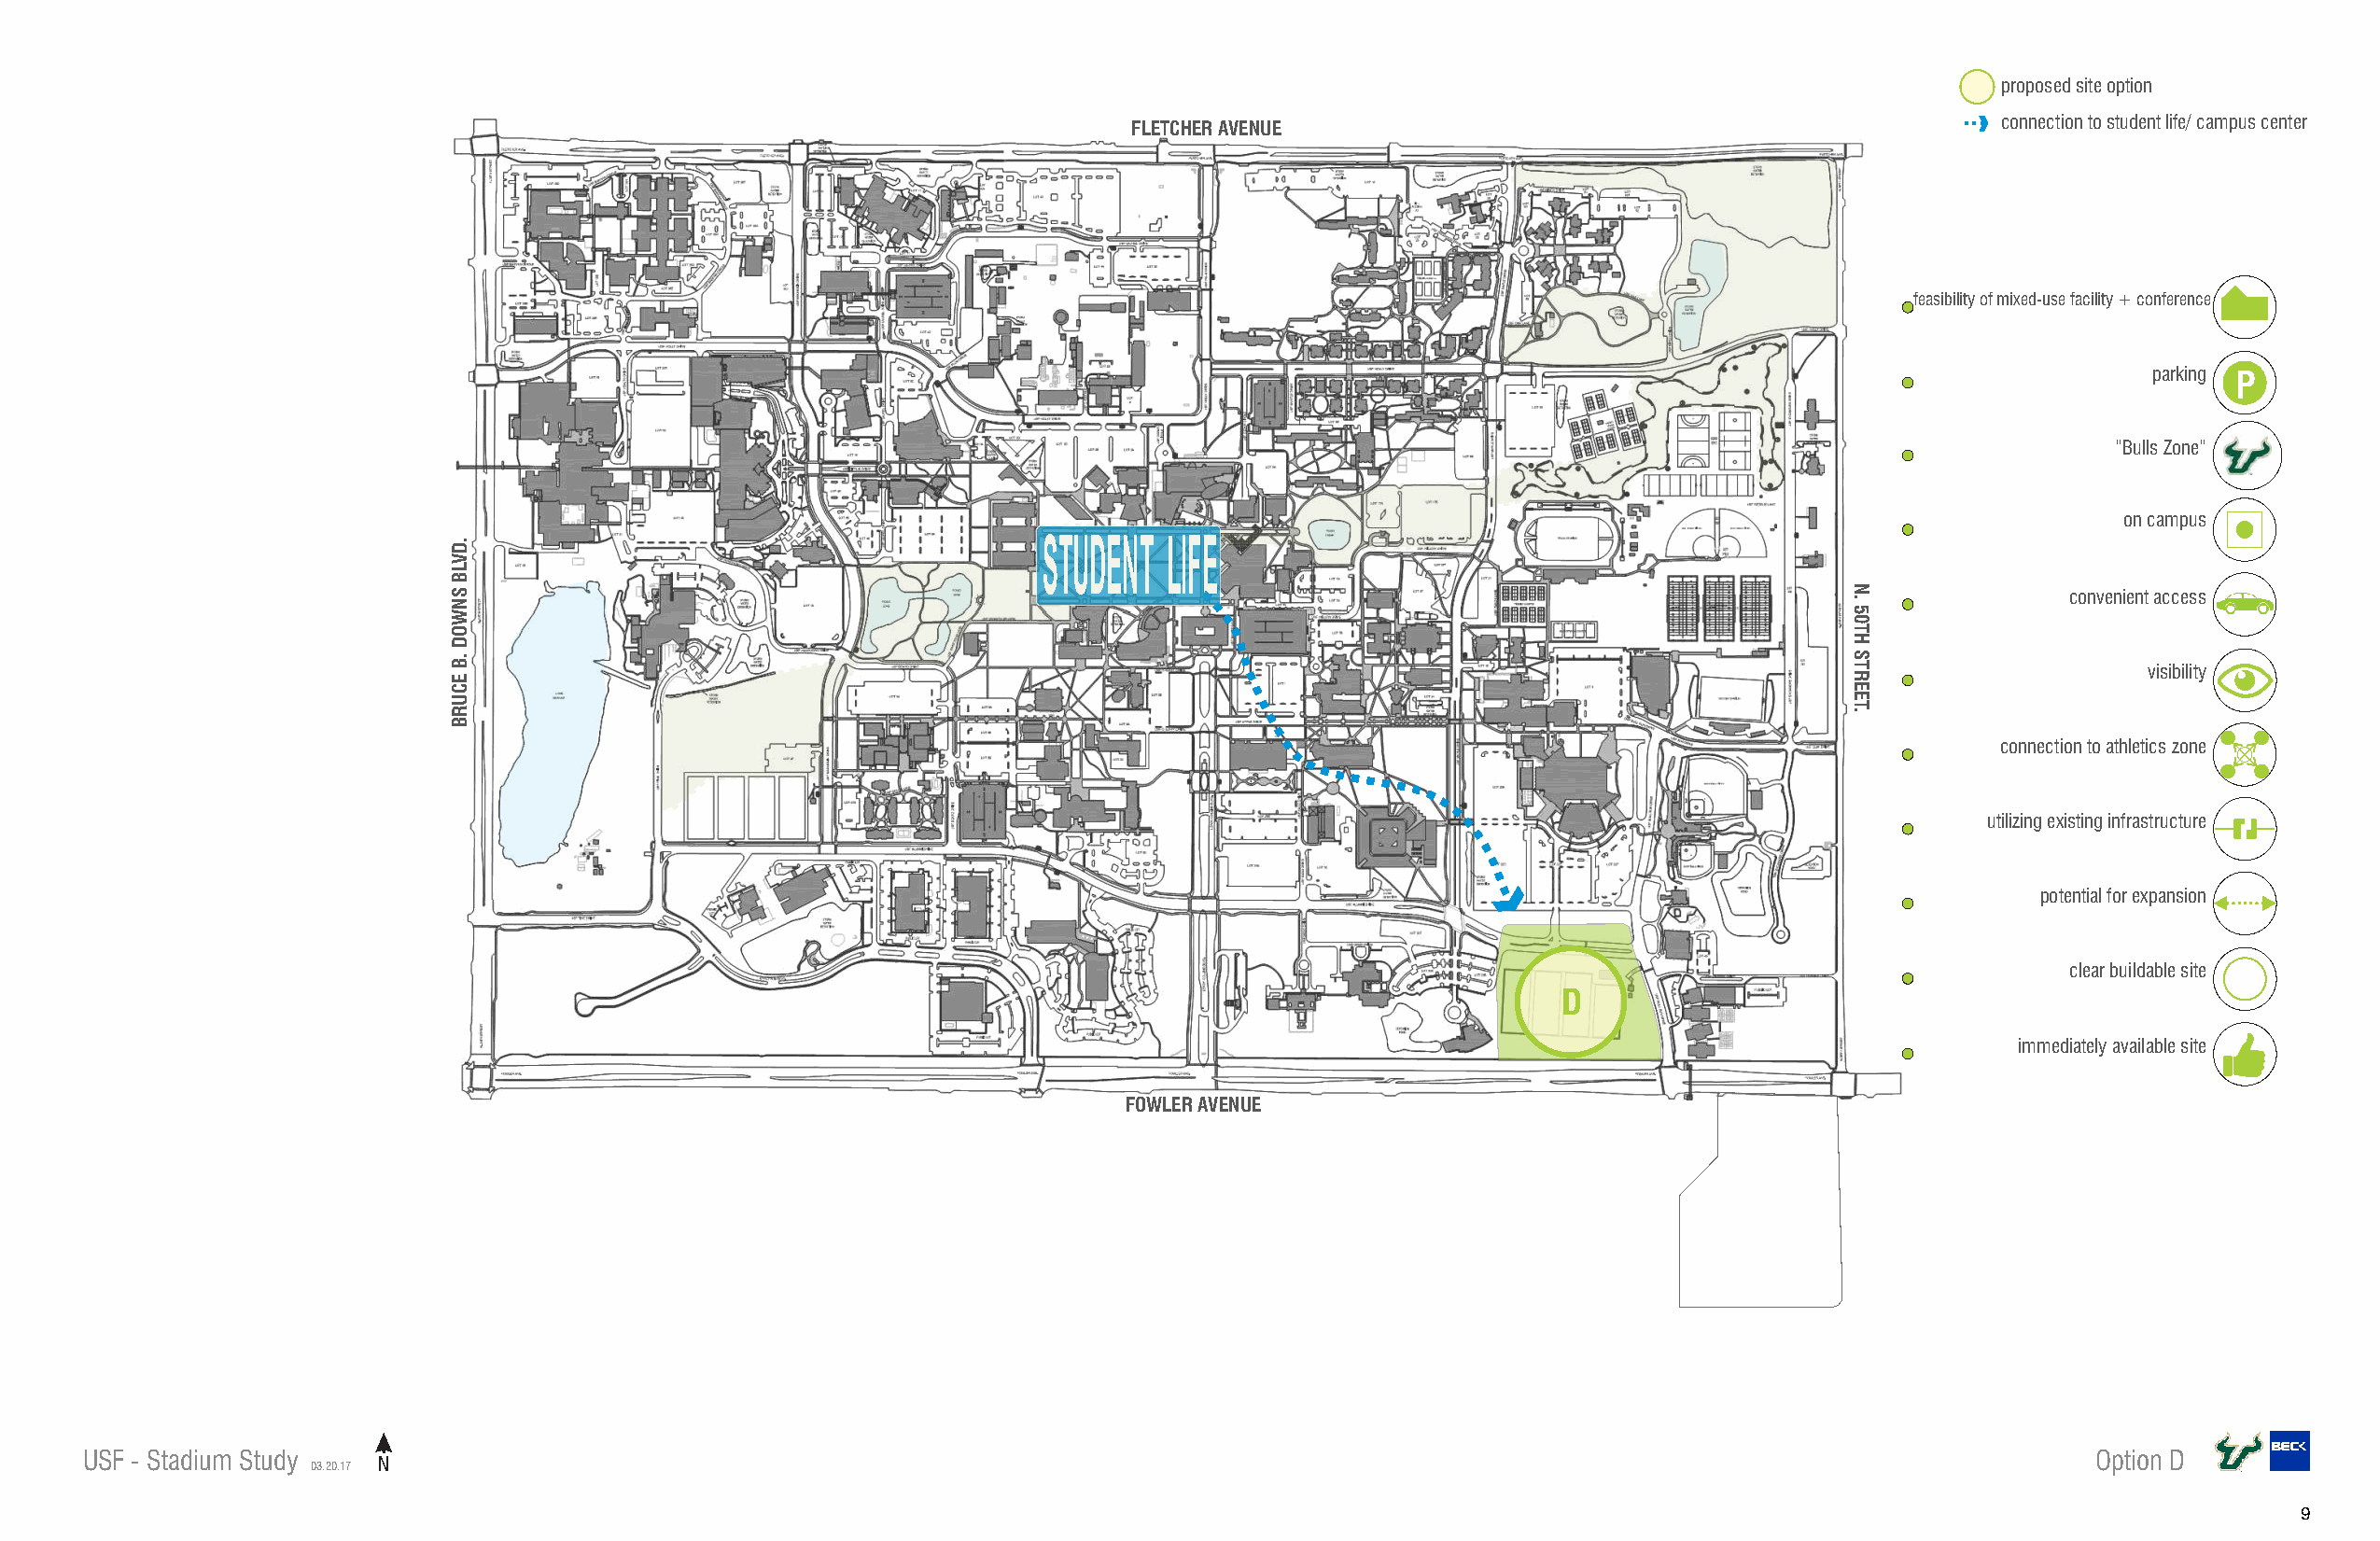
proposed site option
 connection to student life/ campus center
 FLETCHER AVENUE
 feasibility of mixed-use facility + conference
 parking P
 “Bulls Zone”
 on campus
 STUDENT  LIFE
 convenient access
 visibility
 connection to athletics zone
 utilizing existing infrastructure
 potential for expansion
 clear buildable site
 D
 immediately available site
 FOWLER AVENUE
 USF - Stadium Study                                                                                                                            Option D
 03.20.17 N
 9
 .DVLB
 SNWOD
 .B
 ECURB
 N.
 50TH
 STREET.